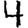
Digit: 4